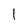
Character: 1